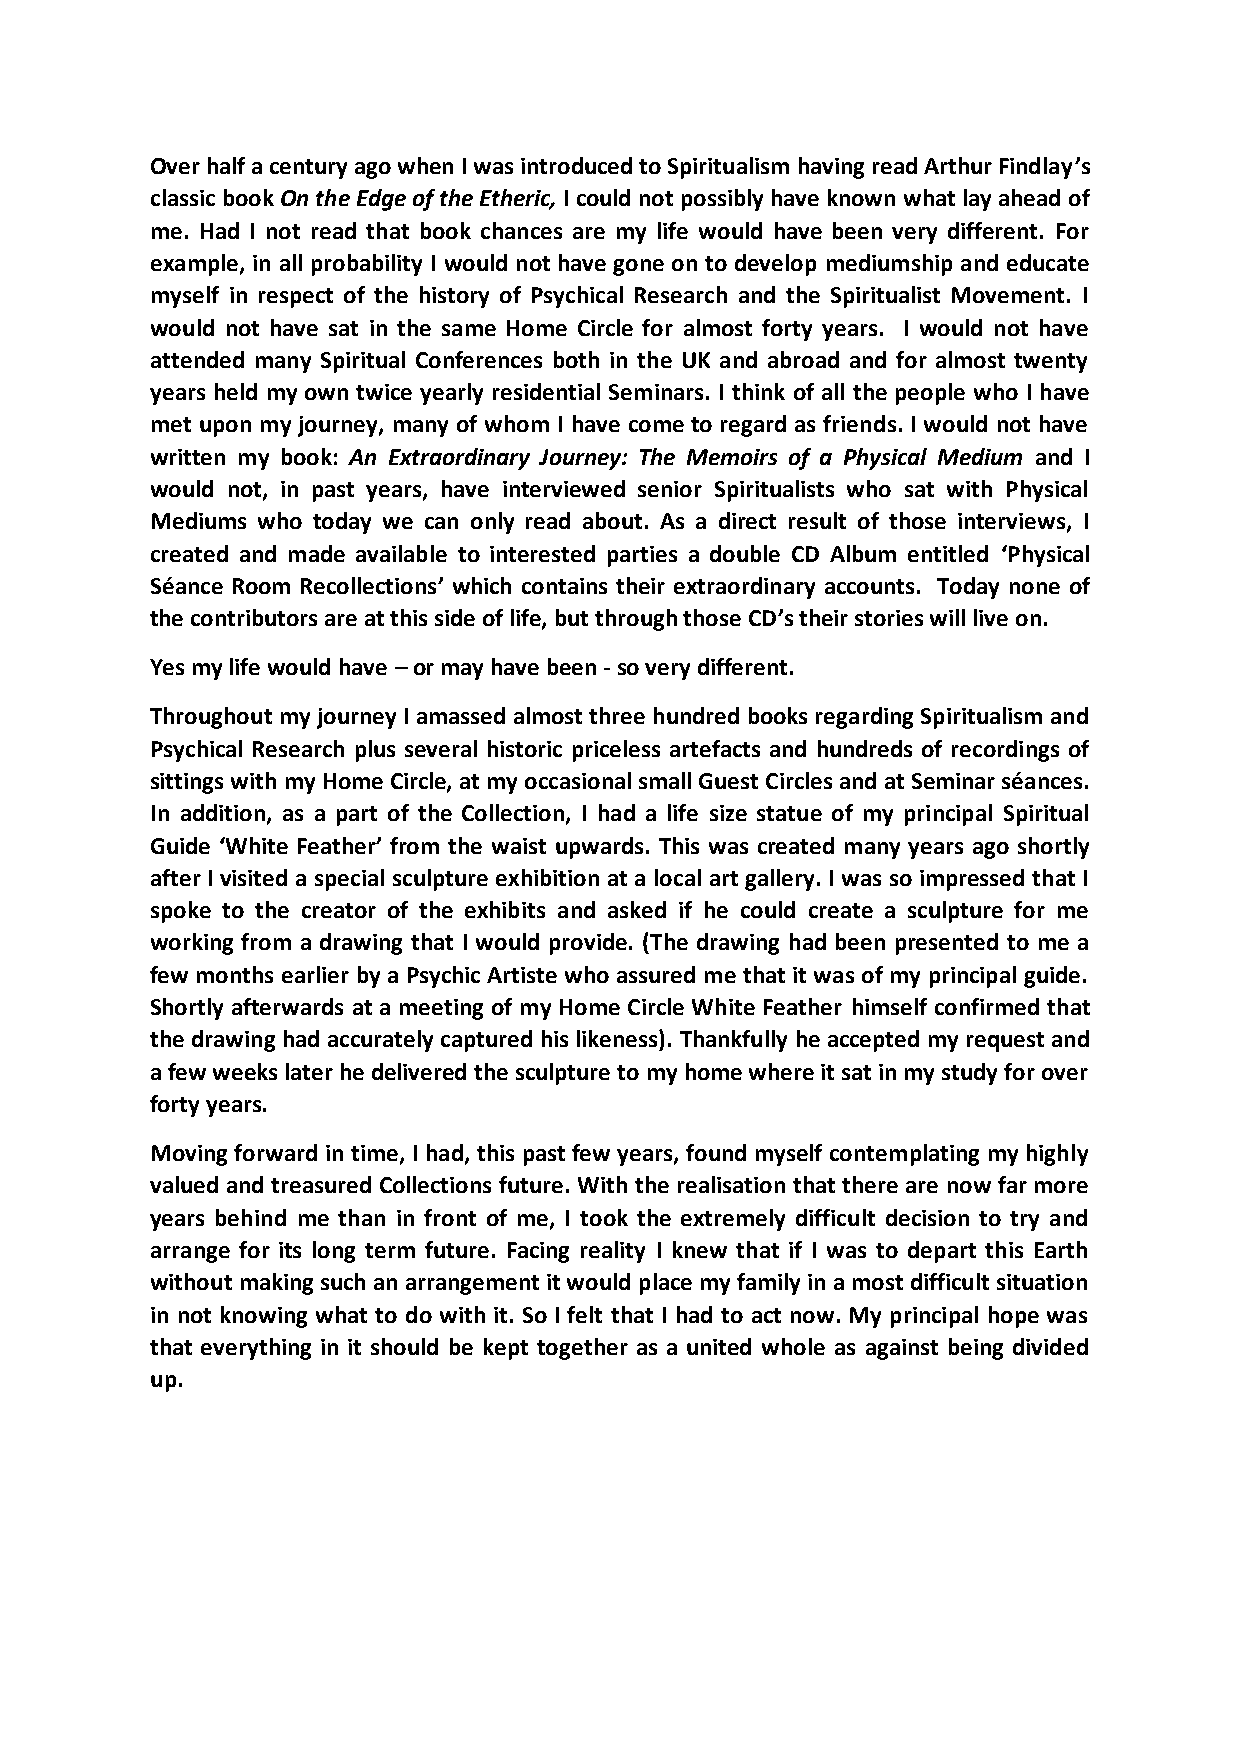
Over half a century ago when I was introduced to Spiritualism having read Arthur Findlay’s
 classic book On the Edge of the Etheric, I could not possibly have known what lay ahead of
 me. Had I not read that book chances are my life would have been very different. For
 example, in all probability I would not have gone on to develop mediumship and educate
 myself in respect of the history of Psychical Research and the Spiritualist Movement. I
 would not have sat in the same Home Circle for almost forty years. I would not have
 attended many Spiritual Conferences both in the UK and abroad and for almost twenty
 years held my own twice yearly residential Seminars. I think of all the people who I have
 met upon my journey, many of whom I have come to regard as friends. I would not have
 written my book: An Extraordinary Journey: The Memoirs of a Physical Medium and I
 would not, in past years, have interviewed senior Spiritualists who sat with Physical
 Mediums who today we can only read about. As a direct result of those interviews, I
 created and made available to interested parties a double CD Album entitled ‘Physical
 Séance Room Recollections’ which contains their extraordinary accounts. Today none of
 the contributors are at this side of life, but through those CD’s their stories will live on.
 Yes my life would have – or may have been - so very different.
 Throughout my journey I amassed almost three hundred books regarding Spiritualism and
 Psychical Research plus several historic priceless artefacts and hundreds of recordings of
 sittings with my Home Circle, at my occasional small Guest Circles and at Seminar séances.
 In addition, as a part of the Collection, I had a life size statue of my principal Spiritual
 Guide ‘White Feather’ from the waist upwards. This was created many years ago shortly
 after I visited a special sculpture exhibition at a local art gallery. I was so impressed that I
 spoke to the creator of the exhibits and asked if he could create a sculpture for me
 working from a drawing that I would provide. (The drawing had been presented to me a
 few months earlier by a Psychic Artiste who assured me that it was of my principal guide.
 Shortly afterwards at a meeting of my Home Circle White Feather himself confirmed that
 the drawing had accurately captured his likeness). Thankfully he accepted my request and
 a few weeks later he delivered the sculpture to my home where it sat in my study for over
 forty years.
 Moving forward in time, I had, this past few years, found myself contemplating my highly
 valued and treasured Collections future. With the realisation that there are now far more
 years behind me than in front of me, I took the extremely difficult decision to try and
 arrange for its long term future. Facing reality I knew that if I was to depart this Earth
 without making such an arrangement it would place my family in a most difficult situation
 in not knowing what to do with it. So I felt that I had to act now. My principal hope was
 that everything in it should be kept together as a united whole as against being divided
 up.